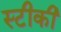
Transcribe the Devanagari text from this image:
स्टीकी